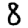
Digit: 8